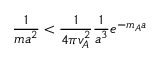
\frac 1 { m a ^ { 2 } } < \frac 1 { 4 \pi v _ { A } ^ { 2 } } \frac 1 { a ^ { 3 } } e ^ { - m _ { A } a }